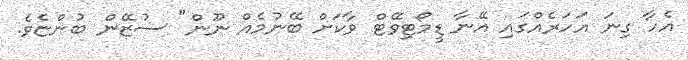
އެހާ ގިނަ އަހަރެެއްގައި އޭނާ ޑީމޯޓިވޭޓް ވާކަށް ބޭނުމެއް ނޫން" ސުޒޭން ބުންޏެވެ.